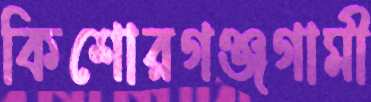
কিশোরগঞ্জগামী